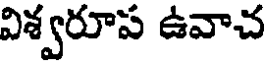
విశ్వరూప ఉవాచ